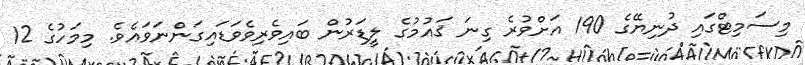
މިސަމިޓްގައި ދުނިޔޭގެ 190 އަށްވުރެ ގިނަ ޤައުމުގެ ލީޑަރުން ބައިވެރިވެވަޑައިގަންނަވައެވެ. މިމަހުގެ 12